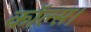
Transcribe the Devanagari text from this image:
कॉल्‍स।